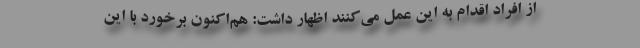
از افراد اقدام به این عمل می‌کنند اظهار داشت: هم‌اکنون برخورد با این